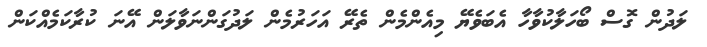
ލަދުން ގޮސް ބޯހަލާކުވާހާ އެބަވެޔޭ މިއެންމެން ތެރޭ އަހަރުމެން ލަދުގަންނަވާލަން އޭނަ ކުރާކަމެއްކަން